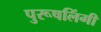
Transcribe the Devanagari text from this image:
पुरूषलिंगी